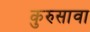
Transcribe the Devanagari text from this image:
कुरुसावा